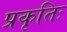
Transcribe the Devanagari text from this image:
प्रकृतिः